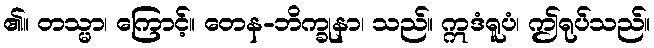
၏။ တသ္မာ၊ ကြောင့်။ တေန-ဘိက္ခုနာ၊ သည်။ ဣဒံရူပံ၊ ဤရုပ်သည်။